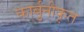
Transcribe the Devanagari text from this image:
कार्बुनीकृत